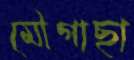
মৌগাছা